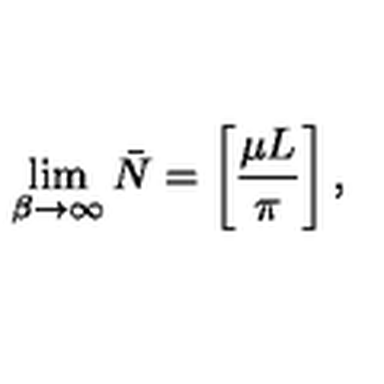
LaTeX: \lim _ { \beta \rightarrow \infty } \bar { N } = \left[ { \frac { \mu L } { \pi } } \right] ,